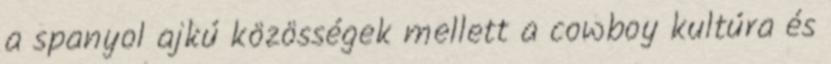
a spanyol ajkú közösségek mellett a cowboy kultúra és